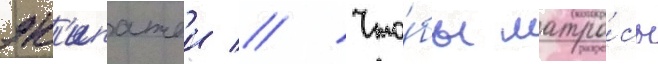
эк'ипажеи // Что́бы матро́сы